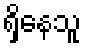
ရှိနေသူ